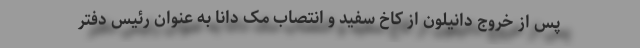
پس از خروج دانیلون از کاخ سفید و انتصاب مک دانا به عنوان رئیس دفتر